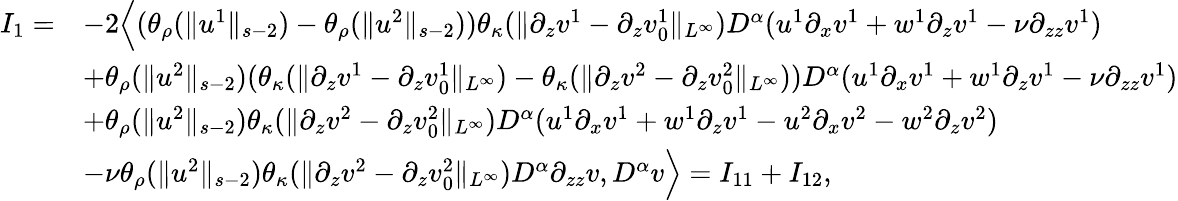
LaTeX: \begin{array}{rl}{I_{1}=}&{-2\Big\langle(\theta_{\rho}(\| u^{1}\| _{s-2})-\theta_{\rho}(\| u^{2}\| _{s-2}))\theta_{\kappa}(\| \partial_{z}v^{1}-\partial_{z}v_{0}^{1}\| _{L^{\infty}})D^{\alpha}(u^{1}\partial_{x}v^{1}+w^{1}\partial_{z}v^{1}-\nu\partial_{zz}v^{1})}\\ &{+\theta_{\rho}(\| u^{2}\| _{s-2})(\theta_{\kappa}(\| \partial_{z}v^{1}-\partial_{z}v_{0}^{1}\| _{L^{\infty}})-\theta_{\kappa}(\| \partial_{z}v^{2}-\partial_{z}v_{0}^{2}\| _{L^{\infty}}))D^{\alpha}(u^{1}\partial_{x}v^{1}+w^{1}\partial_{z}v^{1}-\nu\partial_{zz}v^{1})}\\ &{+\theta_{\rho}(\| u^{2}\| _{s-2})\theta_{\kappa}(\| \partial_{z}v^{2}-\partial_{z}v_{0}^{2}\| _{L^{\infty}})D^{\alpha}(u^{1}\partial_{x}v^{1}+w^{1}\partial_{z}v^{1}-u^{2}\partial_{x}v^{2}-w^{2}\partial_{z}v^{2})}\\ &{-\nu\theta_{\rho}(\| u^{2}\| _{s-2})\theta_{\kappa}(\| \partial_{z}v^{2}-\partial_{z}v_{0}^{2}\| _{L^{\infty}})D^{\alpha}\partial_{zz}v,D^{\alpha}v\Big\rangle=I_{11}+I_{12},}\end{array}